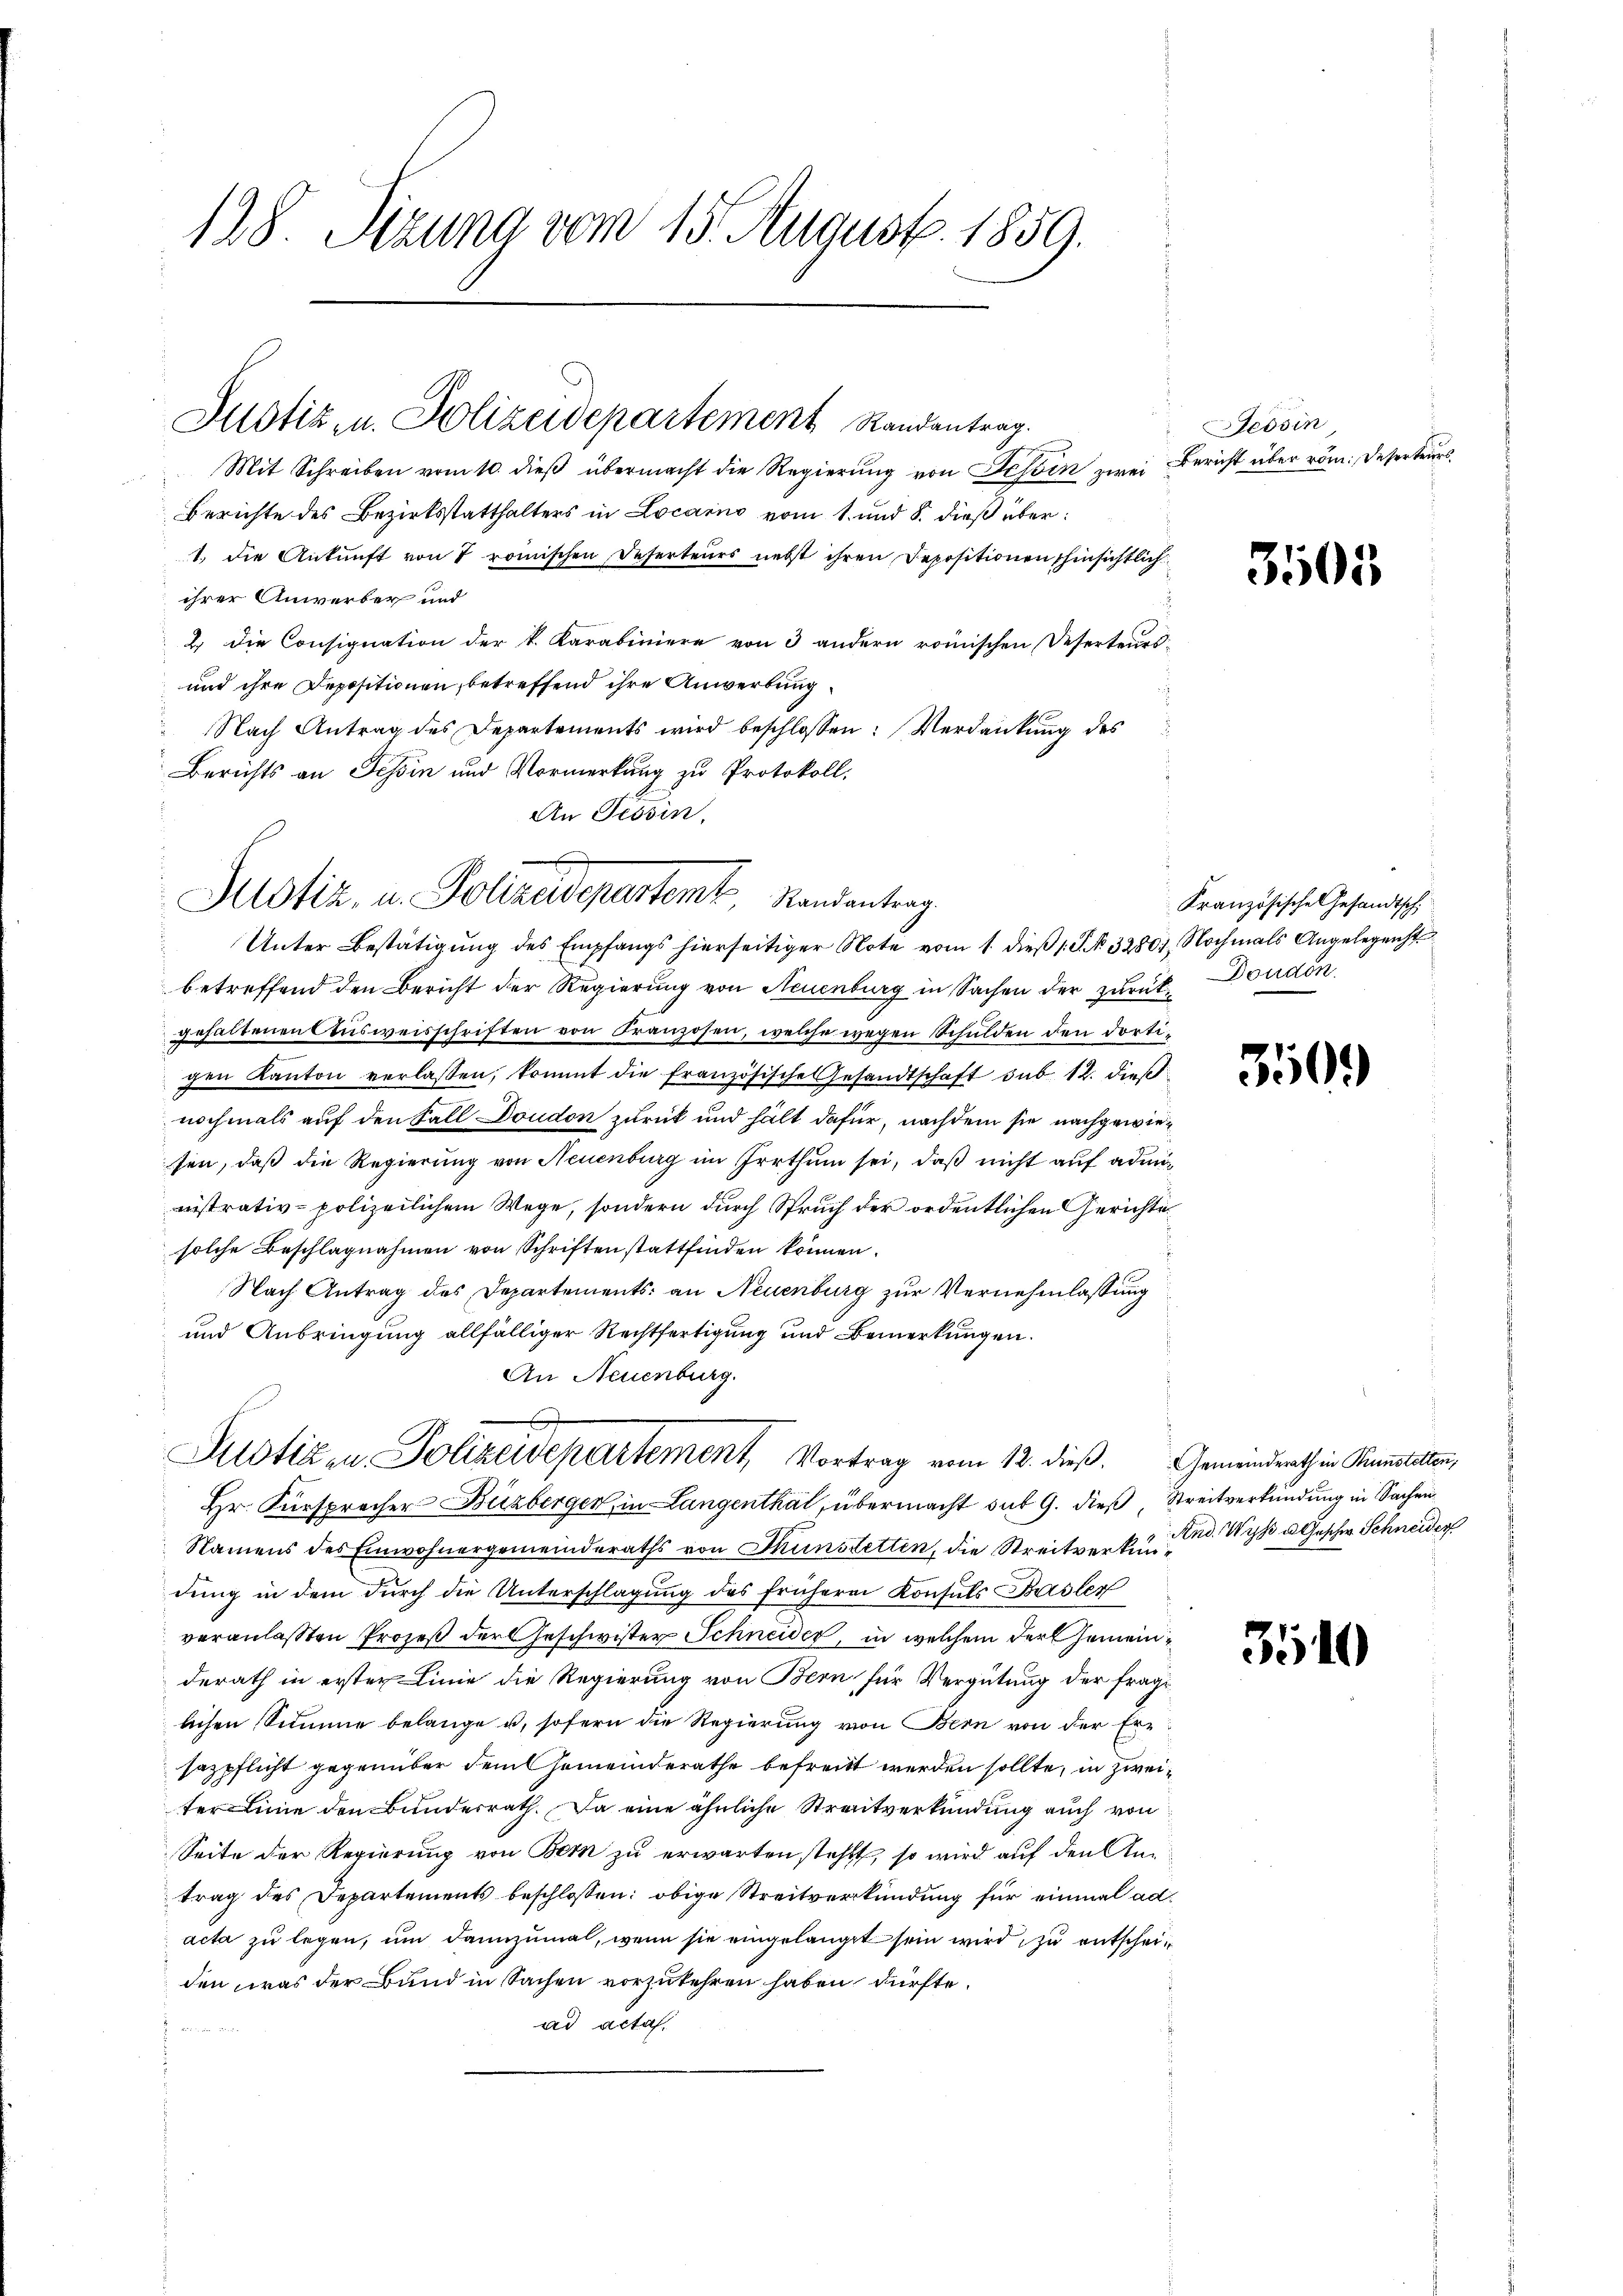
128. Sizung vom 15. August 1859.

Justiz- u. Polizeidepartement Randantrag.

Mit Schreiben vom 10. dieβ übermacht die Regierŭng von Tessin zwei Bericht über röm: Deserteurs
Berichte des Bezirksstatthalters in Locario vom 1. und 8. dieß über¬
1. die Ankunft von 7 römischen Deserteurs nebst ihren Depositionen schinsichtlich
ihrer Anwerber und
2. die Consignation der k. Karabiniere von 3 andern römischen Deserteurs-
und ihre Depositionen, betreffend ihre Anwerbung
Nach Antrag des Departements wird beschlossen: Verdankung des
Berichts an Tessin und Vormerkung zu Protokoll,
An Tessin,

Unter Bestätigung des Empfangs hierseitiger Note vom 1. dieß 1 S. 3280, Nochmals Angelegenst
betreffend den Bericht der Regierung von Neuenburg in Sachen der zurück-Doudon
gehaltenen Aŭsweisschriften von Franzosen, welche wegen Schulden den dortigen Kanton verlassen, kommt die französische Gesandtschaft sub 12. dießnochmals auf den Fall Doudon zurück und hält dafür, nachdem sie nachgewiesen, daß die Regierung von Neuenburg im Irrthum sei, daß nicht auf administrativ-polizeilichem Wege, sondern durch Spruch der ordentlichen Gerichte
solche Beschlagnahmen von Schriften stattfinden können.
e
Nach Antrag des Departements: an Neuenburg zur Vernehmlassung
und Anbringung allfälliger Rechtfertigung und Bemerkungen.
An Neuenburg.

Justiz, u. Kollaudepartemt, Randantrag.

Justiz in Polizeidepartement, Vortrag vom 12. dieß. Gemeindrath in Sunstetten,

Tessin

Hr. Fürsprocher-Buzberger, in Langenthal, übermacht sub 9. dieß, Streitverkündung in Sachen
Namens des Einwohnergemeinderaths von Thunstetten, die Streitverkündung in dem durch die Unterschlagung des frühere Konsuls Basler
veranlasten Prozeß der Geschwister Schneider, in welchem der Gemeinderath in erster Linie die Regierung von Bern für Vergütung der frage
lichen Summe belange u. sofern die Regierung von Bern von der Ern
sazpflicht gegenüber dem Gemeinderathe befreitt werden sollte, in zweiter Linie den Bundesrath. Da eine ähnliche Streitverkündung auch von
Seite der Regierung von Bern zu erwarten steht, so wird auf den Antrag des Departements beschlossen: obige Streitverkündung für einmal ad¬
 acta zu legen, um dannzumal, wenn sie eingelangt sein wird zu entscheiden, was der Bund in Sachen vorzukehren haben dürfte.
ad acta.

3505

Kranzösische Gesandtsch

3509

And. Wyß u. Geschw. Schneider

3510